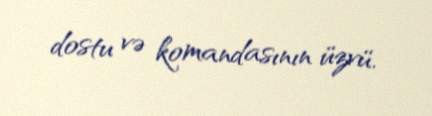
dostu və komandasının üzvü.